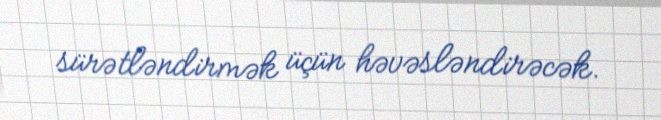
sürətləndirmək üçün həvəsləndirəcək.